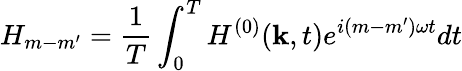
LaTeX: H_{m-m^{\prime}}=\frac{1}{T}\int_{0}^{T}H^{(0)}({\mathbf k},t)e^{i(m-m^{\prime})\omega t}dt